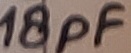
Text: 18pF